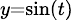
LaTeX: \scriptstyle{y=\sin(t)}